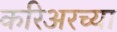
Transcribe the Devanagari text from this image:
करिअरच्या